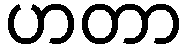
ဟတာ